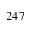
2 4 7